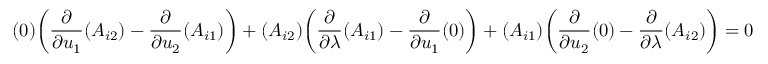
( 0 ) { \bigg ( } { \frac { \partial } { \partial u _ { 1 } } } ( A _ { i 2 } ) - { \frac { \partial } { \partial u _ { 2 } } } ( A _ { i 1 } ) { \bigg ) } + ( A _ { i 2 } ) { \bigg ( } { \frac { \partial } { \partial \lambda } } ( A _ { i 1 } ) - { \frac { \partial } { \partial u _ { 1 } } } ( 0 ) { \bigg ) } + ( A _ { i 1 } ) { \bigg ( } { \frac { \partial } { \partial u _ { 2 } } } ( 0 ) - { \frac { \partial } { \partial \lambda } } ( A _ { i 2 } ) { \bigg ) } = 0